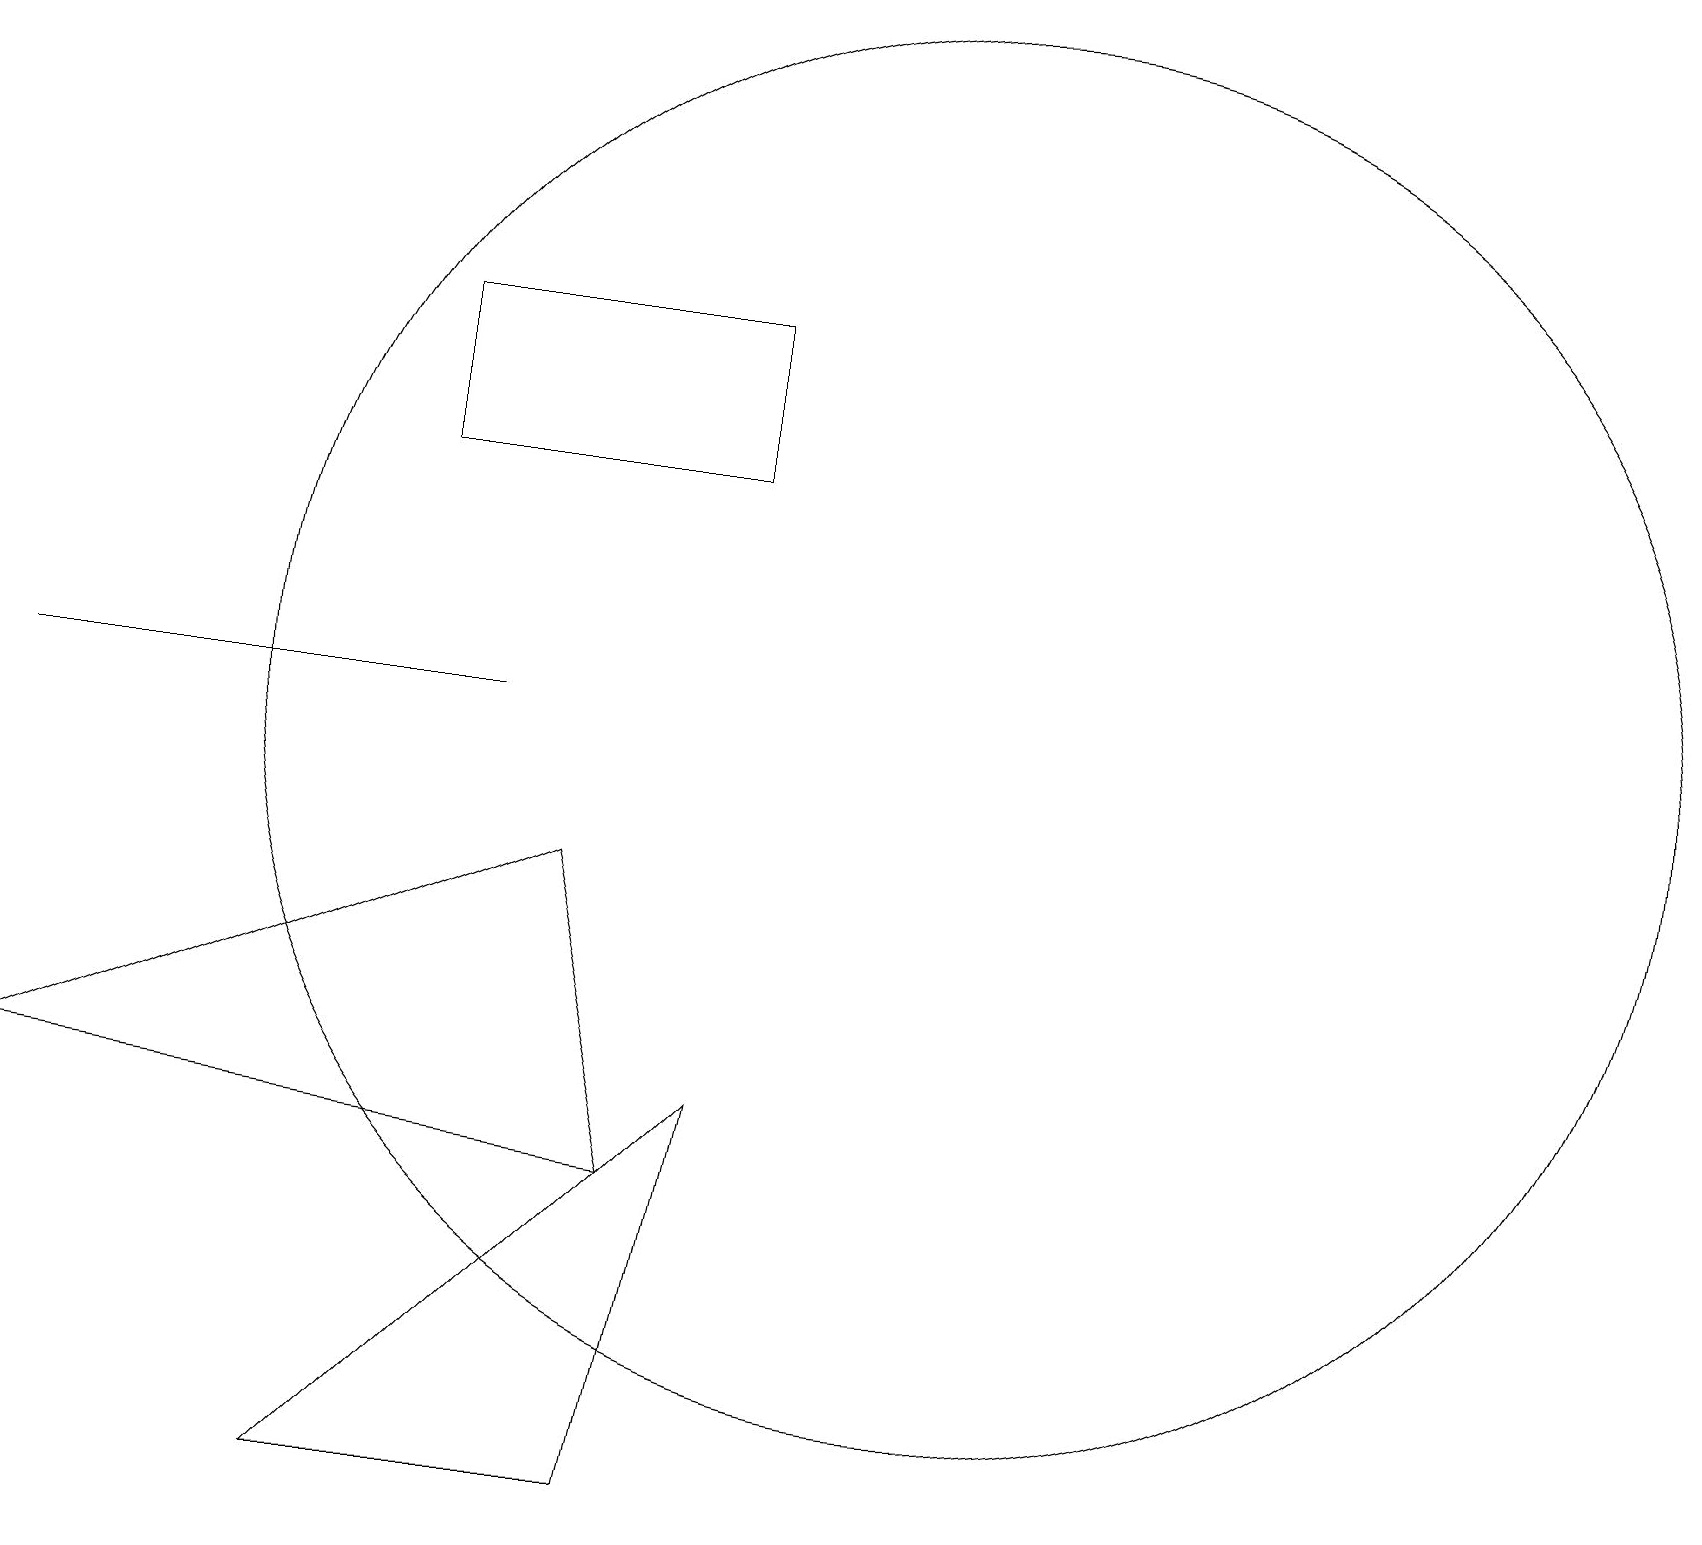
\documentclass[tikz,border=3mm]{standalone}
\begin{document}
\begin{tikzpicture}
\draw (0,6) -- (8,5) -- (7,9) -- cycle;
\draw (5,14) rectangle (9,16);
\draw (12,11) circle (9);
\draw (9,6) -- (8,1) -- (4,1) -- cycle;
\draw (0,11) rectangle (6,11);
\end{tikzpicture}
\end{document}